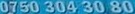
0750 304 30 80